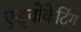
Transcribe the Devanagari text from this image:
एड्वोकेटिंग